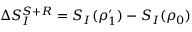
\Delta S _ { I } ^ { S + R } = S _ { I } ( \rho _ { 1 } ^ { \prime } ) - S _ { I } ( \rho _ { 0 } )